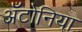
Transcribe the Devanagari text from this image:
अँटोनिया